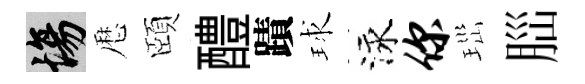
場厯頤醴蹟球泳你𤤼𦛁